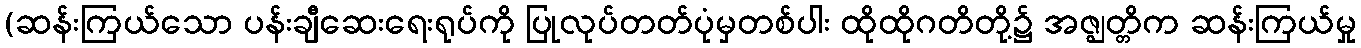
(ဆန်းကြယ်သော ပန်းချီဆေးရေးရုပ်ကို ပြုလုပ်တတ်ပုံမှတစ်ပါး ထိုထိုဂတိတို့၌ အဇ္ဈတ္တိက ဆန်းကြယ်မှု